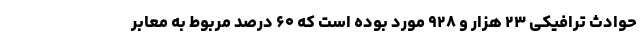
حوادث ترافیکی ۲۳ هزار و ۹۲۸ مورد بوده است که ۶۰ درصد مربوط به معابر